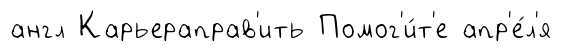
англ Карьераправ'ить Помог'и́т'е апр'е́л'я